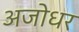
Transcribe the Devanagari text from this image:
अजोधर